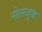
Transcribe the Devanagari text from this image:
सेलजूक